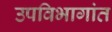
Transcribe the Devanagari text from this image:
उपविभागांत